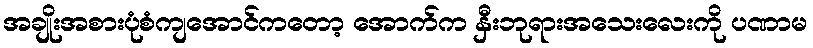
အချိုးအစားပုံစံကျအောင်ကတော့ အောက်က နှီးဘုရားအသေးလေးကို ပဏာမ